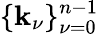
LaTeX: \{ \mathbf{k}_{\nu}\} _{\nu=0}^{n-1}